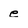
Character: e